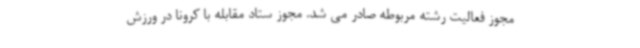
مجوز فعالیت رشته مربوطه صادر می شد. مجوز ستاد مقابله با کرونا در ورزش